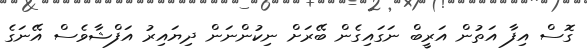
ގޮސް އިފާ އަތުން އަރީބް ނަގައިގެން ބޭރަށް ނިކުންނަން ދިޔައިރު އަފްޝާވެސް އޭނަގެ